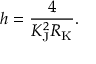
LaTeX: h = { \frac { 4 } { K _ { \mathrm { { J } } } ^ { 2 } R _ { \mathrm { { K } } } } } .